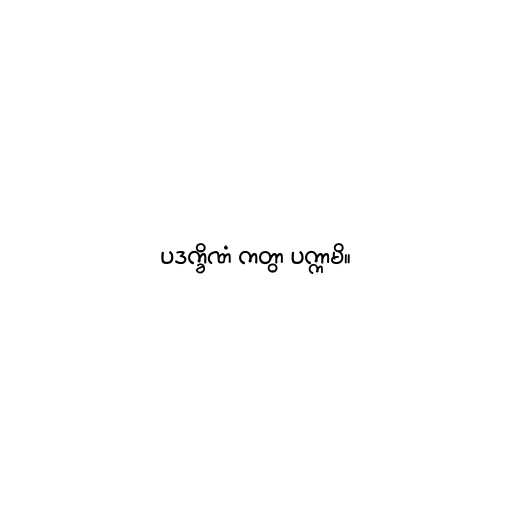
ပဒက္ခိဏံ ကတွာ ပက္ကာမိ။